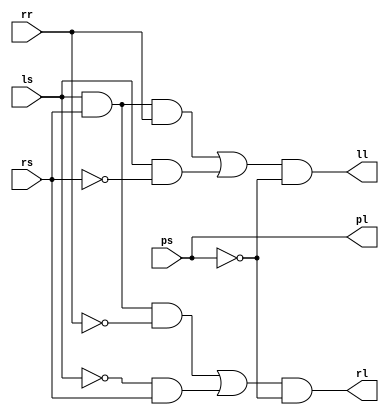
// Copyright (C) 1991-2010 Altera Corporation
// Your use of Altera Corporation's design tools, logic functions 
// and other software and tools, and its AMPP partner logic 
// functions, and any output files from any of the foregoing 
// (including device programming or simulation files), and any 
// associated documentation or information are expressly subject 
// to the terms and conditions of the Altera Program License 
// Subscription Agreement, Altera MegaCore Function License 
// Agreement, or other applicable license agreement, including, 
// without limitation, that your use is for the sole purpose of 
// programming logic devices manufactured by Altera and sold by 
// Altera or its authorized distributors.  Please refer to the 
// applicable agreement for further details.

// PROGRAM		"Quartus II"
// VERSION		"Version 10.0 Build 218 06/27/2010 SJ Web Edition"
// CREATED		"Fri Sep 27 17:30:37 2019"

module block2(
	ps,
	ls,
	rs,
	rr,
	pl,
	ll,
	rl
);


input wire	ps;
input wire	ls;
input wire	rs;
input wire	rr;
output wire	pl;
output wire	ll;
output wire	rl;

wire	SYNTHESIZED_WIRE_0;
wire	SYNTHESIZED_WIRE_1;
wire	SYNTHESIZED_WIRE_2;
wire	SYNTHESIZED_WIRE_3;
wire	SYNTHESIZED_WIRE_4;
wire	SYNTHESIZED_WIRE_5;
wire	SYNTHESIZED_WIRE_6;
wire	SYNTHESIZED_WIRE_7;
wire	SYNTHESIZED_WIRE_11;
wire	SYNTHESIZED_WIRE_9;

assign	pl = ps;



assign	SYNTHESIZED_WIRE_2 = ls & SYNTHESIZED_WIRE_0;

assign	SYNTHESIZED_WIRE_7 = SYNTHESIZED_WIRE_1 | SYNTHESIZED_WIRE_2;

assign	SYNTHESIZED_WIRE_11 =  ~ps;

assign	SYNTHESIZED_WIRE_9 = SYNTHESIZED_WIRE_3 | SYNTHESIZED_WIRE_4;

assign	SYNTHESIZED_WIRE_0 =  ~rs;

assign	SYNTHESIZED_WIRE_1 = ls & rs & rr;

assign	SYNTHESIZED_WIRE_3 = ls & rs & SYNTHESIZED_WIRE_5;

assign	SYNTHESIZED_WIRE_6 =  ~ls;

assign	SYNTHESIZED_WIRE_5 =  ~rr;

assign	SYNTHESIZED_WIRE_4 = SYNTHESIZED_WIRE_6 & rs;

assign	ll = SYNTHESIZED_WIRE_7 & SYNTHESIZED_WIRE_11;

assign	rl = SYNTHESIZED_WIRE_9 & SYNTHESIZED_WIRE_11;


endmodule